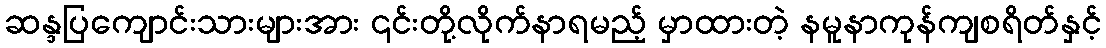
ဆန္ဒပြကျောင်းသားများအား ၎င်းတို့လိုက်နာရမည့် မှာထားတဲ့ နမူနာကုန်ကျစရိတ်နှင့်